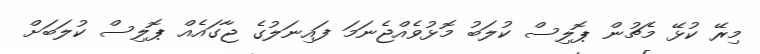
މިރޭ ކުޅޭ މެޗުން ޕޮލިސް ކުލަބު މޮޅުވެއްޖެނަމަ ފައިނަލުގެ ޖާގައެއް ޕޮލިސް ކުލަބަށް